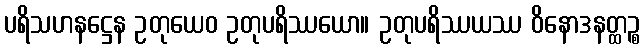
ပရိသဟနဋ္ဌေန ဥတုယေဝ ဥတုပရိဿယော။ ဥတုပရိဿယဿ ဝိနောဒနတ္ထဉ္စ